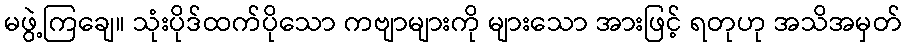
မဖွဲ့ကြချေ။ သုံးပိုဒ်ထက်ပိုသော ကဗျာများကို များသော အားဖြင့် ရတုဟု အသိအမှတ်